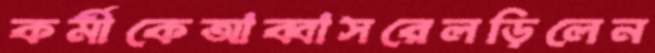
কর্মীকেআব্বাসরেলড়িলেন